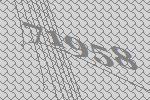
71958